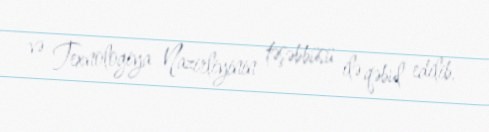
və Texnologiya Nazirliyinin təşəbbüsü ilə qəbul edilib.